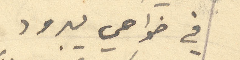
في ضواحي يبرود